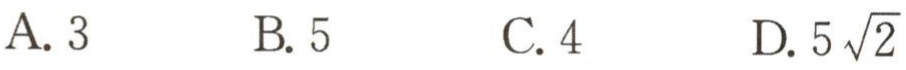
A. \(3\)  B. \(5\)  C. \(4\)  D. \(5\sqrt{2}\)